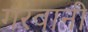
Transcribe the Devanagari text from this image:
गरवानी